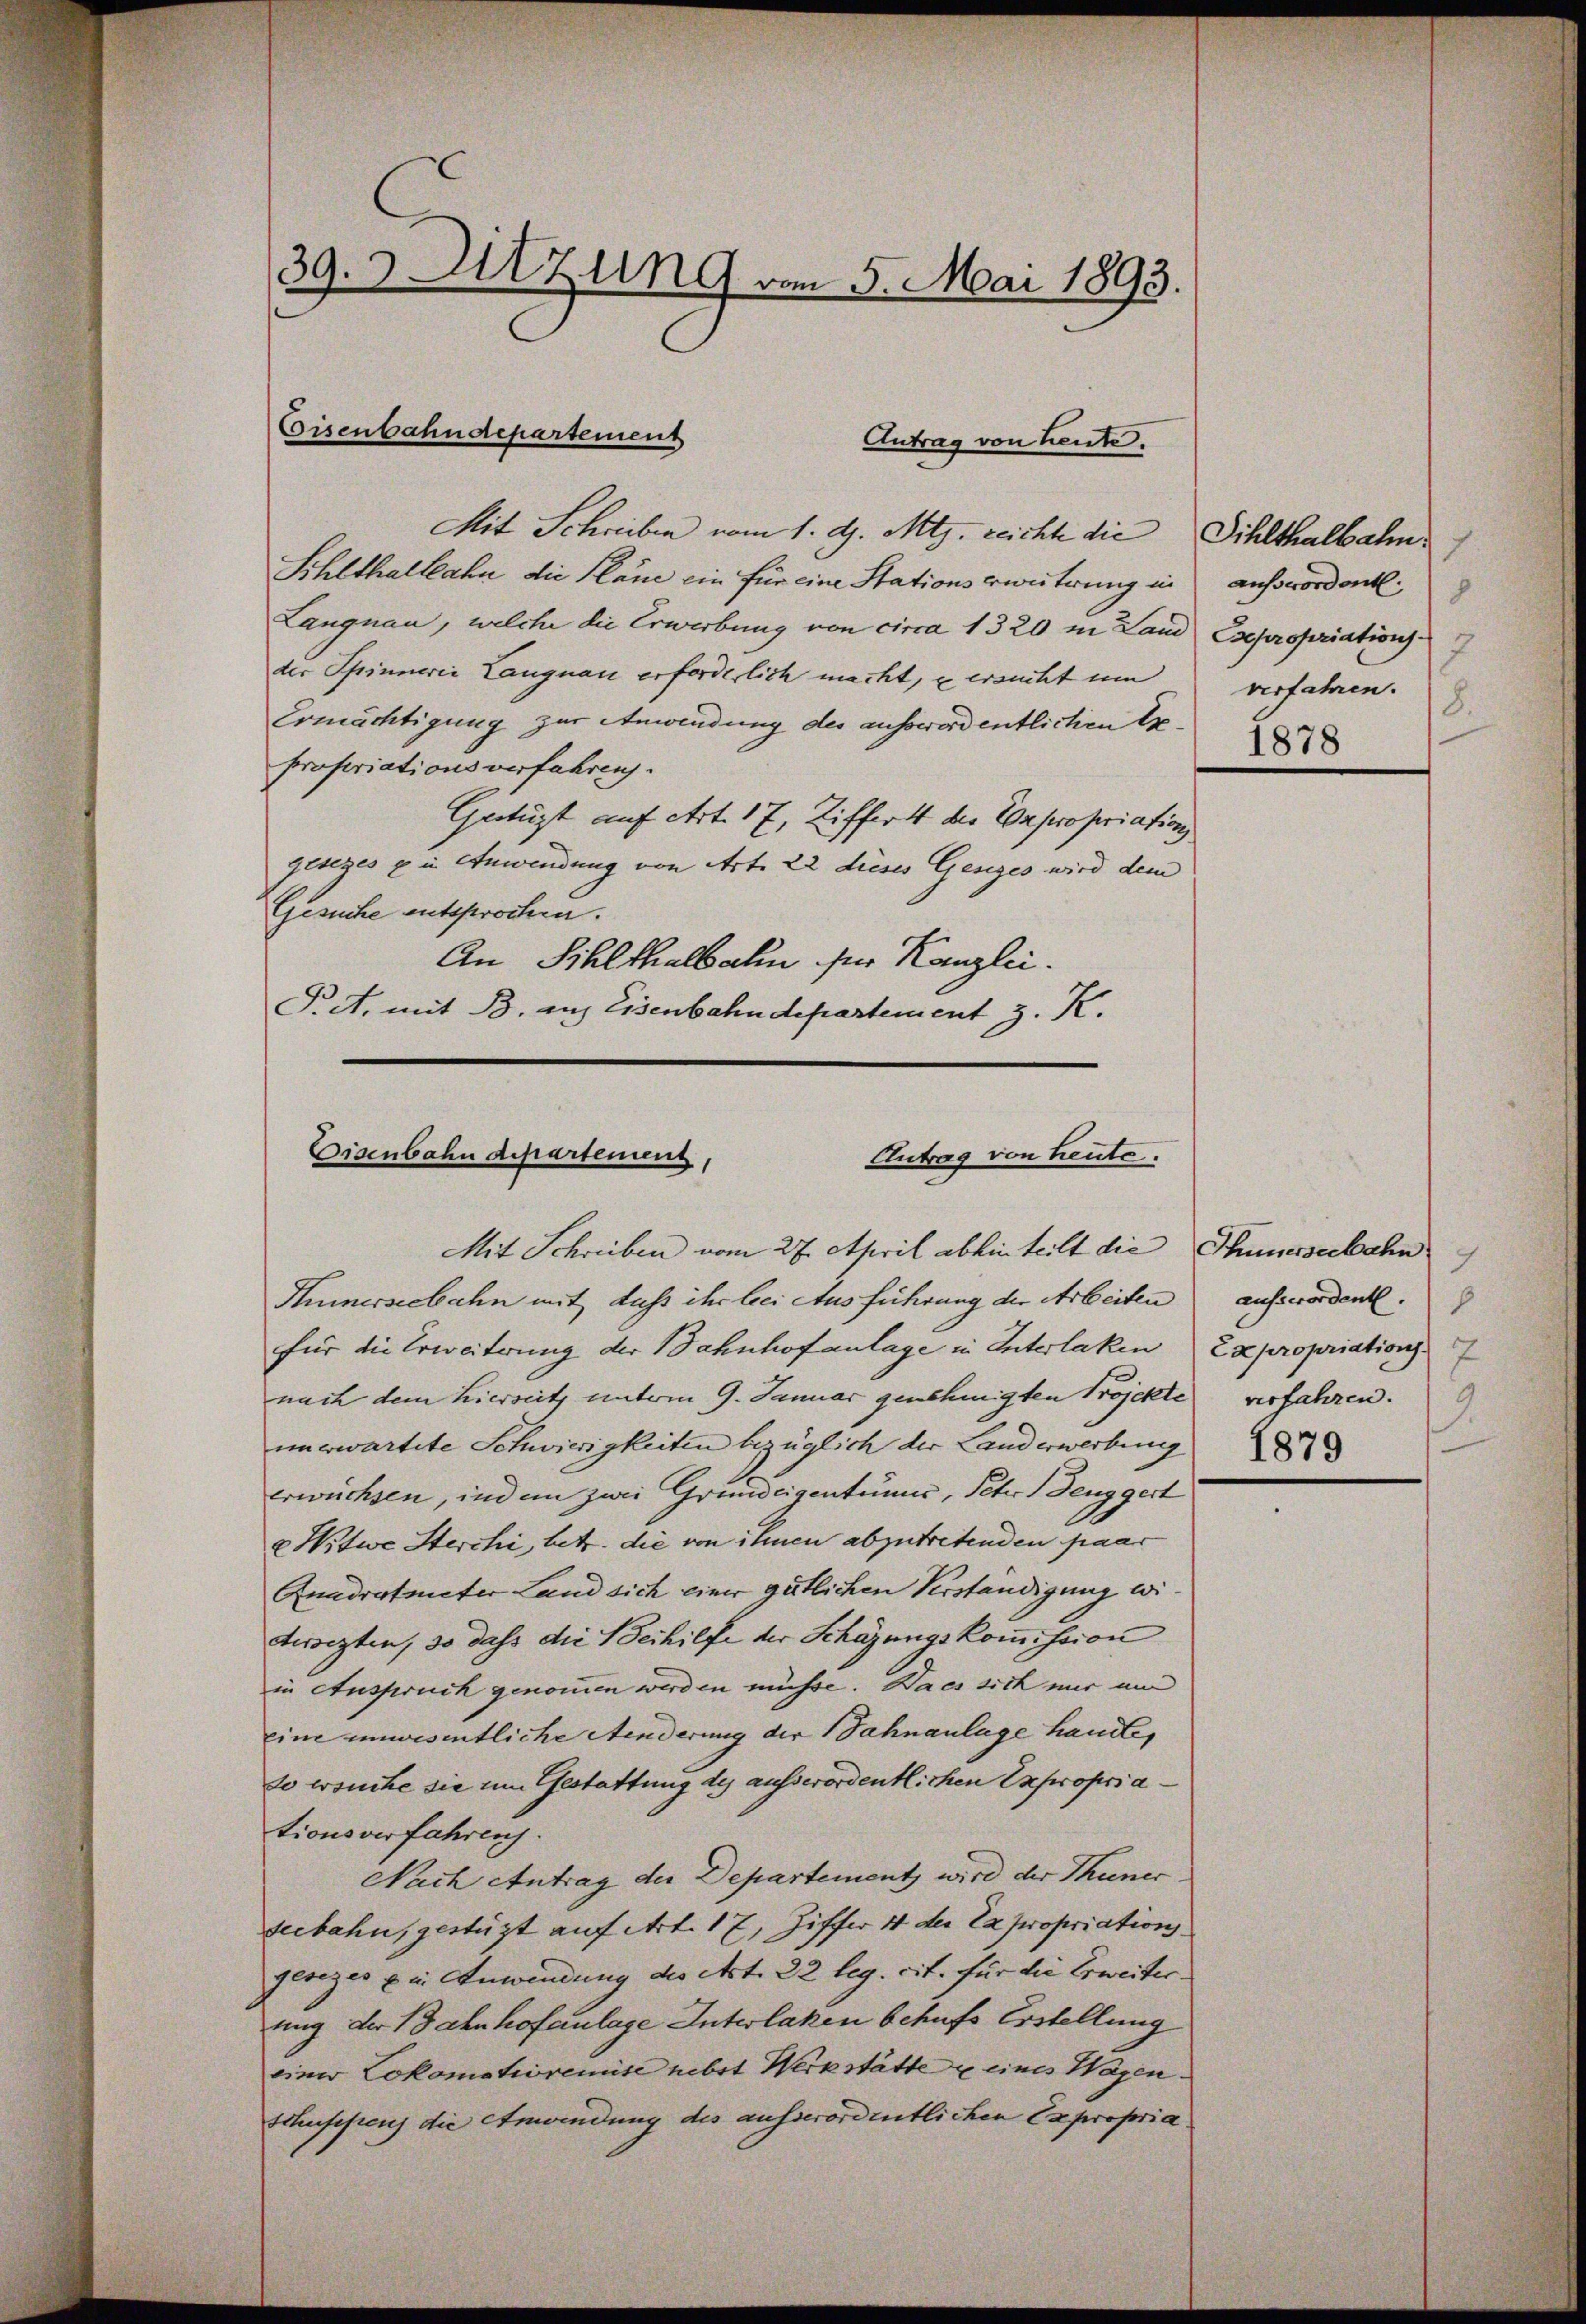
39.3 Sitzung vom 5. Mai 1893.

Mit Schreiben vom 1. d. Mts. reichte die
Sihlthaltlahn die Plane ein für eine Stationszweiterung in ausserordent.
Langnau, welche die Erwerbung von circa 1320 in Land Expropriationsder Spinnerie Langnau erforderlich macht, u ersucht um
Ermächtigung zur Anwendung des ausserordentlichen Expropriationsverfahren.
Getüzt auf Art. 17, Ziffert der Expropriation
gesezes ein Anwendung von Art. 22 dieses Gesiges wird dem
Gesuche entsprochen.
An Sihlthalbahn für Kanzlei.
P.A. mit B. aus Eisenbahndepartement z. K.

Eisenbahndepartement
Antrag von heute.

Eisenbahndepartenuenz,
Antrag von heute.
Mit Schreiben vom 27. April abhin teilt die

Hümnerseebahn mit dass ihr bei Ausführung der Arbeiten
für die Erweiterung der Bahnhofanlage in Interlaken Expropriation.
nach dem hierseitz unterm 9. Januar genehmigten Projekte
unerwartete Schwierigkeiten bezüglich der Landerwerbung
erwüchsen, und im zwei Grundeigentumes, Sehr deuggert
2 Witwe Sterchi, betr. die von ihnen abzutretenden paar
Anndratmeter Land sich einer gütlichen Verständigung witerregten, so dass die Beihilfe der Schäzungskommission
in Anspruch genommen werden müsse. Da es sich mir um
eine unwesentliche Aenderung der Sahnanlage handle,
do ersuche sie um Gestattung des ausserordentlichen Expropria
tionsverfahrens.
Nach Antrag der Departement wird der Thuner
seebahn, gestüzt auf Art. 17, Ziffer 4 der Expropriation
gesezes u in Anwendung des Art. 22 leg. cit. für die Erweiterung der Bahnhofanlage Interlaken behufs Erstellung
einer Lokomotioremise nebst Werkstätte u eines Wagen.
Schusspens die Anwendung des ausserordentlichen Expropria

Dihlthalbahn.
7
8
2
verfahren.
8.
1878

Hünerseebahn
7
ausserordent.
7
rrfahren.